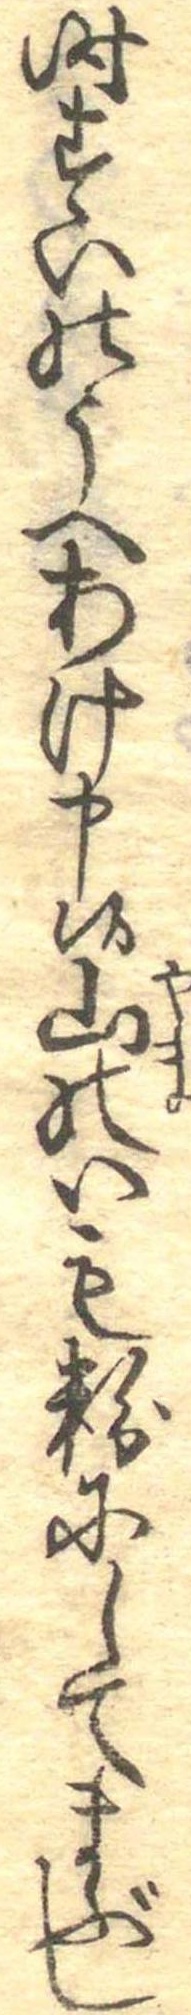
時すいのうへあけ申候山のいも粉にしてまぶし